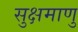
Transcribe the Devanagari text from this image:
सुक्षमाणु